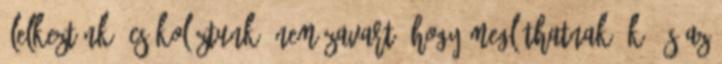
ölelkeztünk, csókolóztunk. Nem zavart, hogy megláthatnak ők, és az